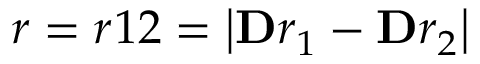
r = r _ { Ḋ } 1 2 Ḍ = \left| \mathbf Ḋ r Ḍ _ { 1 } - \mathbf Ḋ r Ḍ _ { 2 } \right|